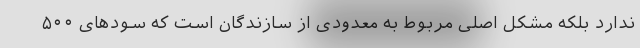
ندارد بلکه مشکل اصلی مربوط به معدودی از سازندگان است که سودهای ۵۰۰